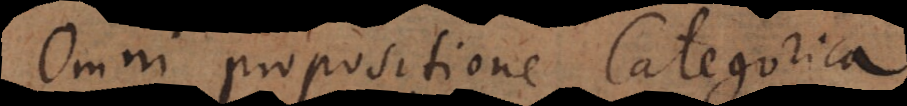
omni propositione Categorica